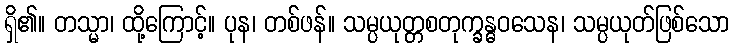
ရှိ၏။ တသ္မာ၊ ထို့ကြောင့်။ ပုန၊ တစ်ဖန်။ သမ္ပယုတ္တစတုက္ခန္ဓဝသေန၊ သမ္ပယုတ်ဖြစ်သော